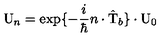
\mathrm { U } _ { n } = \exp \{ - \frac { i } { \hbar } n \cdot \hat { \mathrm { T } } _ { b } \} \cdot \mathrm { U } _ { 0 }